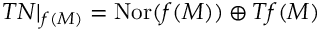
T N | _ { f ( M ) } = \operatorname { N o r } ( f ( M ) ) \oplus T f ( M )